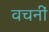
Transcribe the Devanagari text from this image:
वचनीं